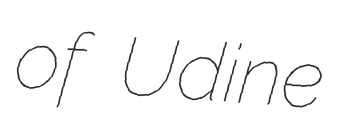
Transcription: of Udine